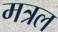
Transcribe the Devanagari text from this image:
मत्रल